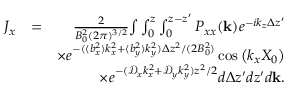
\begin{array} { r l r } { J _ { x } } & { = } & { \frac { 2 } { B _ { 0 } ^ { 2 } ( 2 \pi ) ^ { 3 / 2 } } { \int } \int _ { 0 } ^ { z } \int _ { 0 } ^ { z - z ^ { \prime } } P _ { x x } ( \mathbf { k } ) e ^ { - i k _ { z } \Delta z ^ { \prime } } } \\ & { } & { \times e ^ { - ( \langle b _ { x } ^ { 2 } \rangle k _ { x } ^ { 2 } + \langle b _ { y } ^ { 2 } \rangle k _ { y } ^ { 2 } ) \Delta z ^ { 2 } / ( 2 B _ { 0 } ^ { 2 } ) } \cos \left( k _ { x } X _ { 0 } \right) } \\ & { } & { \times e ^ { - ( \mathcal { D } _ { x } k _ { x } ^ { 2 } + \mathcal { D } _ { y } k _ { y } ^ { 2 } ) z ^ { 2 } / 2 } d \Delta z ^ { \prime } d z ^ { \prime } d \mathbf { k } . } \end{array}